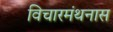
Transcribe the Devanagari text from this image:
विचारमंथनास